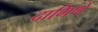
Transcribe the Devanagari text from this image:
दागिणे